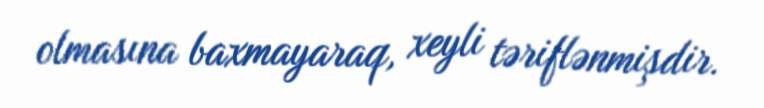
olmasına baxmayaraq, xeyli təriflənmişdir.